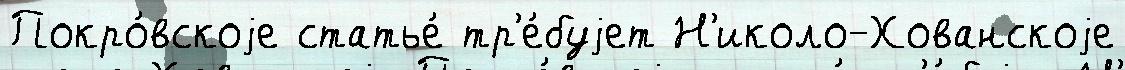
Покро́вскоjе статье́ тр'е́буjет Н'иколо-Хованскоjе